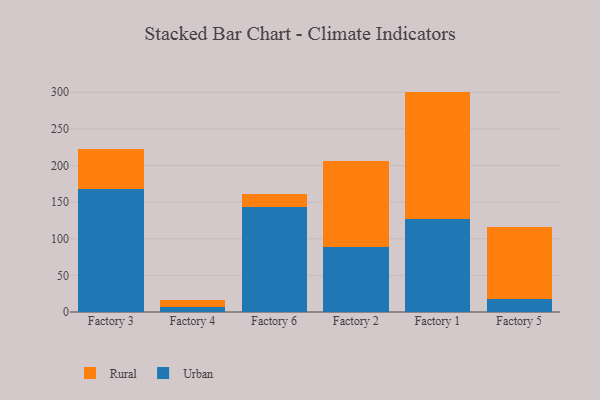
{"axis": {"x": "Factory", "y": "Backlog"}, "legend": ["Rural", "Urban"], "data": [{"x": "Factory 3", "y": 167.3, "type": "Urban"}, {"x": "Factory 3", "y": 55.0, "type": "Rural"}, {"x": "Factory 4", "y": 7.0, "type": "Urban"}, {"x": "Factory 4", "y": 9.8, "type": "Rural"}, {"x": "Factory 6", "y": 143.8, "type": "Urban"}, {"x": "Factory 6", "y": 17.9, "type": "Rural"}, {"x": "Factory 2", "y": 88.7, "type": "Urban"}, {"x": "Factory 2", "y": 117.9, "type": "Rural"}, {"x": "Factory 1", "y": 126.3, "type": "Urban"}, {"x": "Factory 1", "y": 174.6, "type": "Rural"}, {"x": "Factory 5", "y": 17.6, "type": "Urban"}, {"x": "Factory 5", "y": 98.9, "type": "Rural"}]}